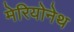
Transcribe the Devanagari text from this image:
मेरियोनेथ